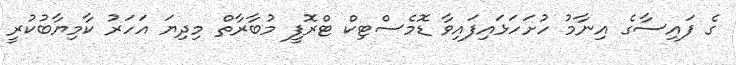
ގެ ފައިސާގެ އިނާމު ހުށަހަޅައިފައިވާ ޑޮމެސްޓިކް ޓްރޮފީ މުބާރާތް މިދިޔަ އަހަރު ކާމިޔާބުކުރީ